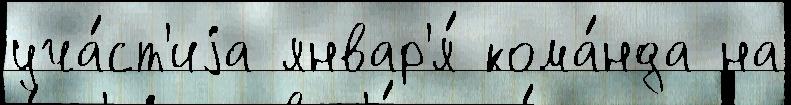
уча́ст'иjа январ'я́ кома́нда на